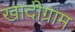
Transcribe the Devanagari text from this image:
खादीग्राम